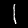
Digit: 1